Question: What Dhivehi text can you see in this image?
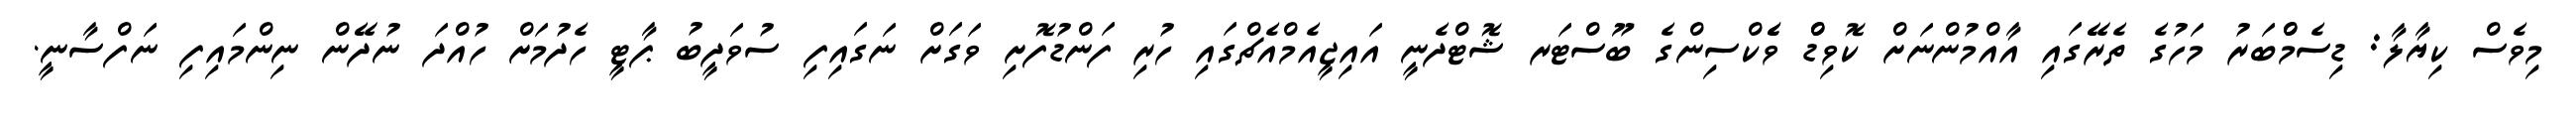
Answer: މިވެސް ކިޔާލާ: ޑިސެމްްބަރު މަހުގެ ތެރޭގައި އާއްމުންނަށް ކޮވިޑްް ވެެކްސިންގެ ބޫސްޓަރ ޝޮޓްދެނީ އައިޖީއެމްއެޗްގައި ހުރި ފަންޑުފޮށި ވަގަށް ނަގައިފި ސުވަދީބު ޕާޓީ ހެދުމަށް ހުއްދަ ނުދޭން ނިންމައިފި ނަފްސާނީ.